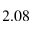
2 . 0 8